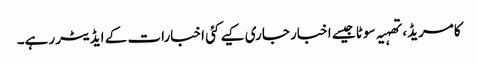
کامریڈ، تھہیہ سوٹا جیسے اخبار جاری کیے کئی اخبارات کے ایڈیٹر رہے۔